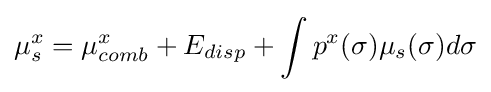
\mu _{s}^{x}=\mu _{comb}^{x}+E_{disp}+\int p^{x}(\sigma )\mu _{s}(\sigma )d\sigma